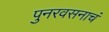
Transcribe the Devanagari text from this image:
पुनरवसनाचं